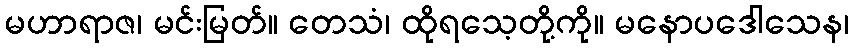
မဟာရာဇ၊ မင်းမြတ်။ တေသံ၊ ထိုရသေ့တို့ကို။ မနောပဒေါသေန၊